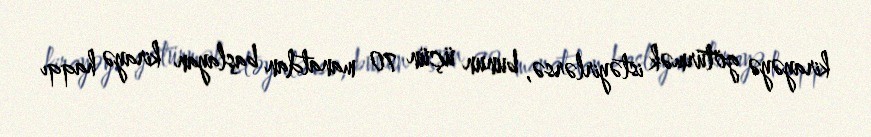
kirayəyə götürmək istəyirlərsə, bunun üçün 70 manatdan başlayan kirayə haqqı